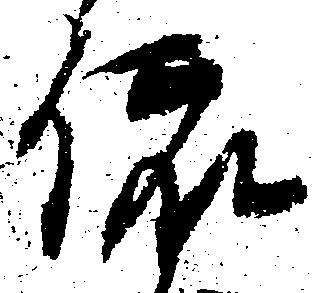
依